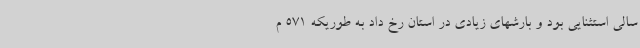
سالی استثنایی بود و بارشهای زیادی در استان رخ داد به طوریکه 571 م